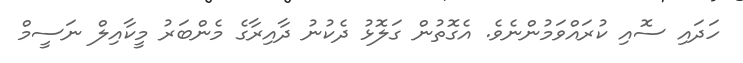
ހަދައި ސޮއި ކުރައްވަމުންނެވެ. އެގޮތުން ގަލޮޅު ދެކުނު ދާއިރާގެ މެންބަރު މީކާއިލް ނަސީމް